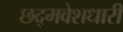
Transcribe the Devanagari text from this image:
छद्‍मवेशधारी